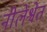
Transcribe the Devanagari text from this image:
नीलेश्वेत